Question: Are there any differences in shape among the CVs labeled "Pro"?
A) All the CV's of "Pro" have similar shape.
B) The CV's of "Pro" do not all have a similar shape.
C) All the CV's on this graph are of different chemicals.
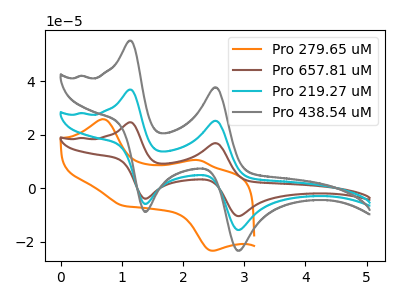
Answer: <think>The orange curve "Pro 279.65 uM" has anodic peaks at (0.70V, 25.80uA) (2.25V, 10.50uA) and cathodic peaks at (1.05V, -6.60uA) (2.50V, -23.45uA). The brown curve "Pro 657.81 uM" has anodic peaks at (1.15V, 73.80uA) (2.55V, 50.45uA) and cathodic peaks at (1.40V, -11.90uA) (2.90V, -31.35uA). The cyan curve "Pro 219.27 uM" has anodic peaks at (1.15V, 36.90uA) (2.55V, 25.25uA) and cathodic peaks at (1.40V, -5.95uA) (2.90V, -15.65uA). The gray curve "Pro 438.54 uM" has anodic peaks at (1.15V, 55.20uA) (2.55V, 37.75uA) and cathodic peaks at (1.40V, -8.90uA) (2.90V, -23.45uA).
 "Pro 279.65 uM" and "Pro 657.81 uM" have at least one peak that do not match. "Pro 279.65 uM" and "Pro 219.27 uM" have at least one peak that do not match. "Pro 279.65 uM" and "Pro 438.54 uM" have at least one peak that do not match. All the peaks in "Pro 657.81 uM" have a peak in "Pro 219.27 uM" at the same potential. Every peak in "Pro 657.81 uM" is higher than every peak in "Pro 219.27 uM". All the peaks in "Pro 657.81 uM" have a peak in "Pro 438.54 uM" at the same potential. Every peak in "Pro 657.81 uM" is higher than every peak in "Pro 438.54 uM". All the peaks in "Pro 219.27 uM" have a peak in "Pro 438.54 uM" at the same potential. Every peak in "Pro 219.27 uM" is lower than every peak in "Pro 438.54 uM".</think>
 <answer>A) All the CV's of "Pro" have similar shape.</answer>
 <eval>A</eval>